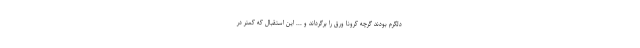
دلگرم بودند گرچه کرونا ورق را برگرداند و ... این استقبال که کمتر در